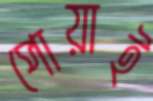
পোয়াই